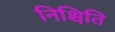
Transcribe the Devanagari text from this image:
निश्चिति